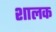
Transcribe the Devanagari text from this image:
शालक